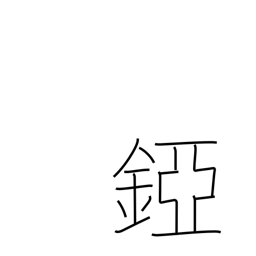
Meaning: helmet neck guard